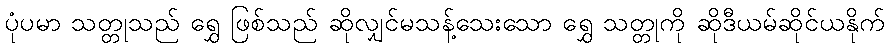
ပုံပမာ သတ္တုသည် ရွှေ ဖြစ်သည် ဆိုလျှင်မသန့်သေးသော ရွှေ သတ္တုကို ဆိုဒီယမ်ဆိုင်ယနိုက်